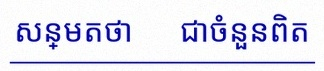
សន្មតថា x ជាចំនួនពិត